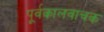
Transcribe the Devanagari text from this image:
पूर्वकालवाचक